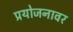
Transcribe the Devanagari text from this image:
प्रयोजनावर